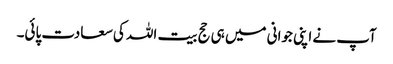
آپ نے اپنی جوانی میں ہی حج بیت اللہ کی سعادت پائی۔